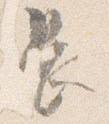
長